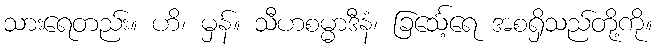
သားရေတည်း။ ဟိ၊ မှန်။ သီဟစမ္မာဒီနံ၊ ခြင်္သေ့ရေ အစရှိသည်တို့ကို။